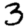
Digit: 3